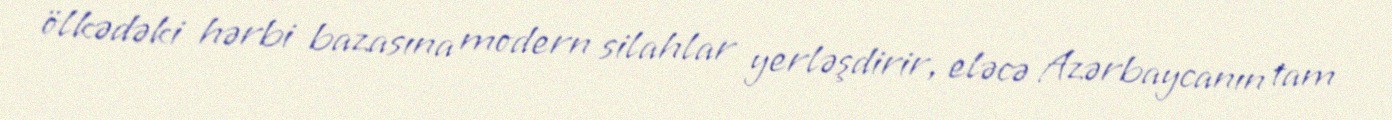
ölkədəki hərbi bazasına modern silahlar yerləşdirir, eləcə Azərbaycanın tam